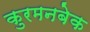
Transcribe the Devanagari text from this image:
कुरमनबेक